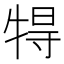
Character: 𤙰